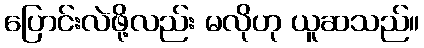
ပြောင်းလဲဖို့လည်း မလိုဟု ယူဆသည်။